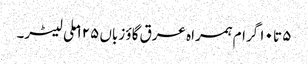
۵ تا ۱۰ گرام ہمراہ عرق گاؤ زباں ۱۲۵ ملی لیٹر۔